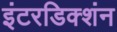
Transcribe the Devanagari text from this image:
इंटरडिक्शंन